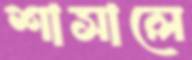
শাসালে